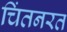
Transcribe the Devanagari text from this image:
चिंतनरत